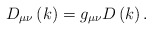
\begin{align*}D_{\mu \nu }\left( k\right) =g_{\mu \nu }D\left( k\right) . \end{align*}